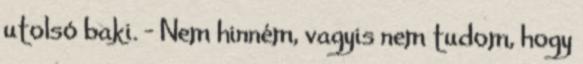
utolsó baki. - Nem hinném, vagyis nem tudom, hogy